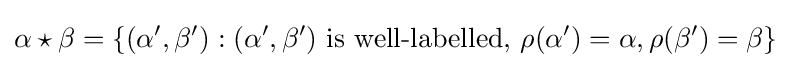
\alpha \star \beta =\{(\alpha ',\beta '):(\alpha ',\beta '){\text{ is well-labelled, }}\rho (\alpha ')=\alpha ,\rho (\beta ')=\beta \}